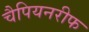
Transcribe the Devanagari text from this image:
चैपियनरीफ